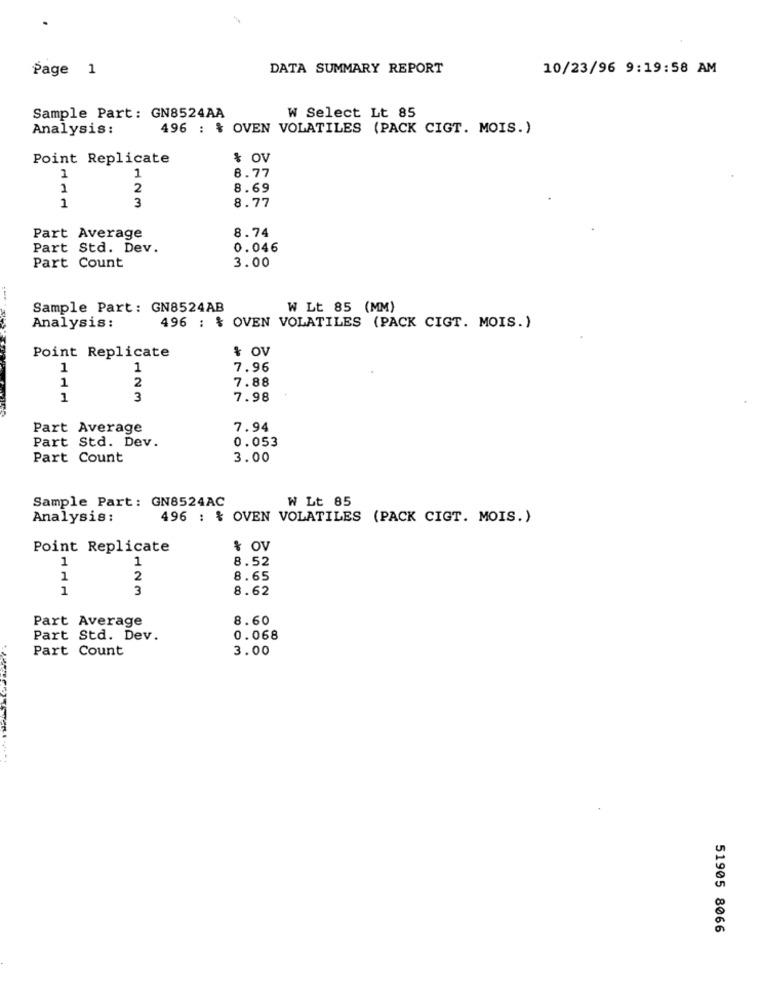
Page 1
DATA SUMMARY REPORT
10/23/96 9:19:58 AM
Sample Part: GN8524AA
W Select Lt 85
Analysis:
496 : % OVEN VOLATILES (PACK CIGT. MOIS.)
Point Replicate
% OV
1
1
8.77
1
2
8.69
3
1
8.77
8.74
Part Average
Part Std. Dev.
0.046
3.00
Part Count
Sample Part: GN8524AB
W Lt 85 (MM)
Analysis:
496 : % OVEN VOLATILES (PACK CIGT. MOIS.)
Point Replicate
& OV
1
1
7.96
2
7.88
1
1
3
7.98
Part Average
7.94
Part Std. Dev.
0.053
Part Count
3.00
Sample Part: GN8524AC
W Lt 85
Analysis :
496 : { OVEN VOLATILES (PACK CIGT. MOIS.)
Point Replicate
% OV
1
8.52
1
1
2
8.65
1
3
8.62
Part Average
8.60
Part Std. Dev.
0.068
Part Count
3.00
51905 8066